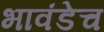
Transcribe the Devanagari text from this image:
भावंडेच